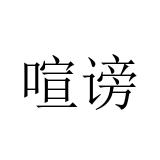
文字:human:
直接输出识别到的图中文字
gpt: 喧谤